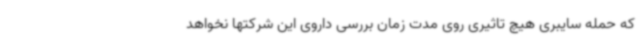
که حمله سایبری هیچ تاثیری روی مدت زمان بررسی داروی این شرکتها نخواهد